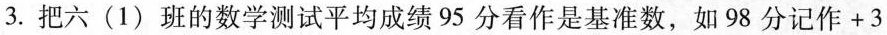
3.把六(1)班的数学测试平均成绩95分看作是基准数，如98分记作+3